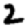
Digit: 2